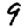
Digit: 9